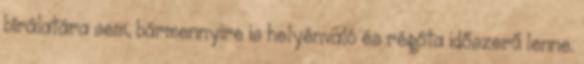
bírálatára sem, bármennyire is helyénvaló és régóta időszerű lenne.